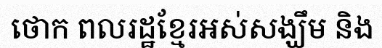
ថោក ពលរដ្ឋខ្មែរអស់សង្ឃឹម និង